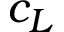
c _ { L }